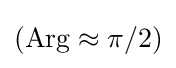
(\operatorname {Arg} \approx \pi /2)